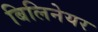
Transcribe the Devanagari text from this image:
बिलिनेयर